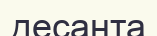
десанта